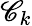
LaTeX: \mathscr{C}_{k}